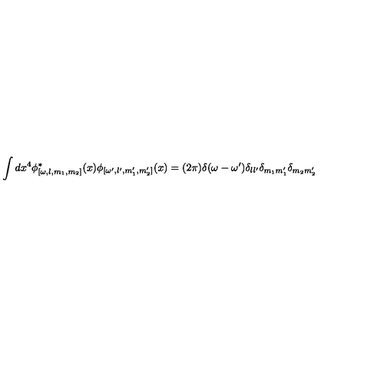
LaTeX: \int d x ^ { 4 } \phi _ { [ \omega , l , m _ { 1 } , m _ { 2 } ] } ^ { \ast } ( x ) \phi _ { [ \omega ^ { \prime } , l ^ { \prime } , m _ { 1 } ^ { \prime } , m _ { 2 } ^ { \prime } ] } ( x ) = ( 2 \pi ) \delta ( \omega - \omega ^ { \prime } ) \delta _ { l l ^ { \prime } } \delta _ { m _ { 1 } m _ { 1 } ^ { \prime } } \delta _ { m _ { 2 } m _ { 2 } ^ { \prime } }